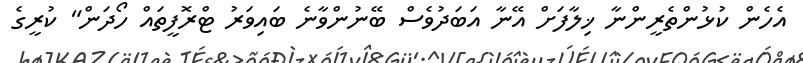
އެހެން ކުޅުންތެރީންނާ ޚިލާފަށް އޭނާ އަބަދުވެސް ބޭނުންވާނެ ބައިވަރު ޓްރޮފީތައް ހޯދަން" ކުރީގެ